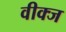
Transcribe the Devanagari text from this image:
वीक्ज